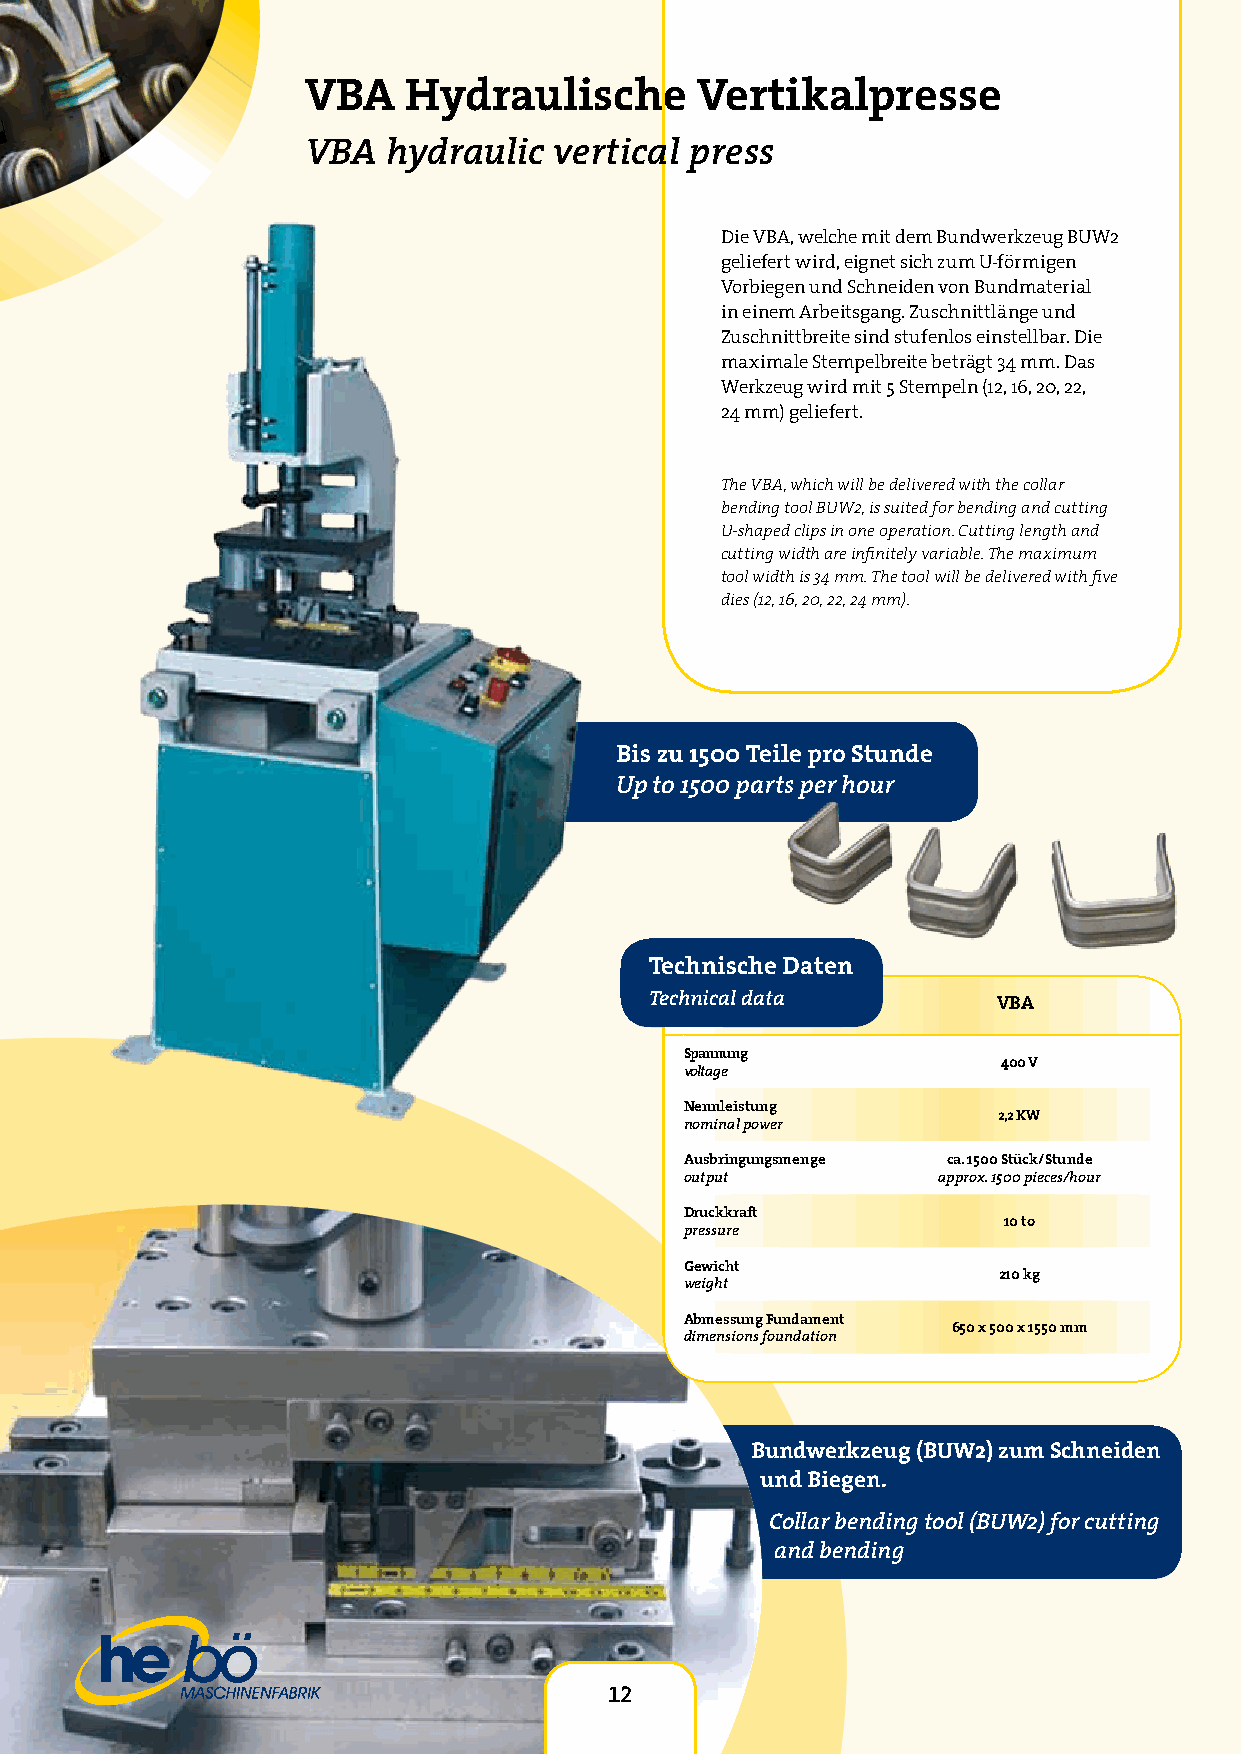
VBA    Hydraulische       Vertikalpresse
 VBA   hydraulic  vertical press
 Die VBA, welche mit dem Bundwerkzeug BUW2
 geliefert wird, eignet sich zum U-förmigen
 Vorbiegen und Schneiden von Bundmaterial
 in einem Arbeitsgang. Zuschnittlänge und
 Zuschnittbreite sind stufenlos einstellbar. Die
 maximale Stempelbreite beträgt 34 mm. Das
 Werkzeug wird mit 5 Stempeln (12, 16, 20, 22,
 24 mm) geliefert.
 The VBA, which will be delivered with the collar
 bending tool BUW2, is suited for bending and cutting
 U-shaped clips in one operation. Cutting length and
 cutting width are infinitely variable. The maximum
 tool width is 34 mm. The tool will be delivered with five
 dies (12, 16, 20, 22, 24 mm).
 Bis zu 1500 Teile pro Stunde
 Up to 1500 parts per hour
 Technische Daten
 Technical data         VBA
 Spannung
 400 V
 voltage
 Nennleistung
 2,2 KW
 nominal power
 Ausbringungsmenge ca. 1500 Stück/Stunde
 output           approx. 1500 pieces/hour
 Druckkraft
 10 to
 pressure
 Gewicht
 210 kg
 weight
 Abmessung Fundament
 650 x 500 x 1550 mm
 dimensions foundation
 12
 Bundw erkzeu g (BUW 2) zum Schneiden
 und Biegen.
 Colla r bendi ng tool (BUW2 ) for cutting
 and bendin g
 12